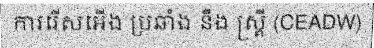
ការរើសអើង ប្រឆាំង នឹង ស្ត្រី (CEADW)